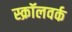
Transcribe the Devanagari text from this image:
स्क्रॉलवर्क